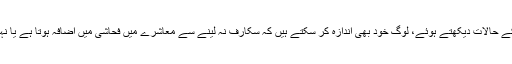
اگر حکومت اسلامی ہے تو اس کا فیصلہ حکومت کرے گی، اگر غیر اسلامی حکومت ہے تو معاشرے کے حالات دیکھتے ہوئے، لوگ خود بھی اندازہ کر سکتے ہیں کہ سکارف نہ لینے سے معاشرے میں فحاشی میں اضافہ ہوتا ہے یا نہیں، اگر ہوتا ہے تو اس حوالے سے سکارف نہ لینے والیوں کو صرف نصیحت کی جا سکتی ہے اور بس۔